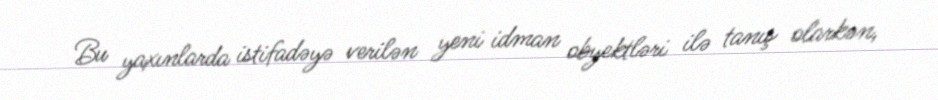
Bu yaxınlarda istifadəyə verilən yeni idman obyektləri ilə tanış olarkən,